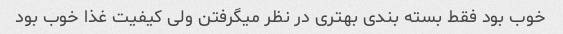
خوب بود فقط بسته بندی بهتری در نظر میگرفتن ولی کیفیت غذا خوب بود